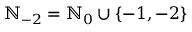
\ensuremath { \mathbb { N } } _ { - 2 } = \ensuremath { \mathbb { N } } _ { 0 } \cup \{ - 1 , - 2 \}